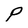
Character: P